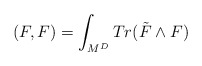
\begin{align*}(F,F)= \int_{M^{D}} Tr (\tilde{F} \wedge F)\end{align*}